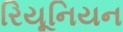
રિયૂનિયન